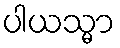
ပါယသ္မာ